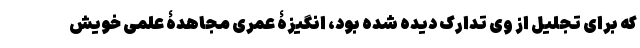
که برای تجلیل از وی تدارک دیده شده بود، انگیزۀ عمری مجاهدۀ علمی خویش